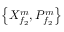
\left\{ X _ { { f } _ { 2 } } ^ { m } , P _ { { f } _ { 2 } } ^ { m } \right\}